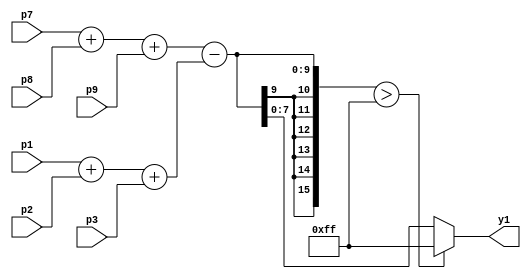
// horizontal prewitt kernel
 
module AMSG_prewitt_h(
  input [7:0] p1, p2, p3, p7, p8, p9,
  output reg [7:0] y1
    );
    wire [15:0] ys1;
    wire [8:0] add1, add2, add3, add4;
    assign add1 = p1 + p2;
    assign add2 = p7 + p8;
    assign add3 = add1 + p3;
    assign add4 = add2 + p9;
    assign ys1 = add4 - add3;
    always@(ys1)
    begin
    if(ys1 > 255)
      y1 <= 255;
    else
      y1 <= ys1;
    end
endmodule